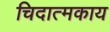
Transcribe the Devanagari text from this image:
चिदात्मकाय